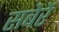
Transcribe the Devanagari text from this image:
सबेरें